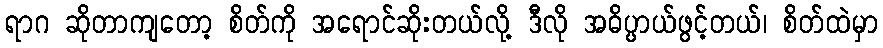
ရာဂ ဆိုတာကျတော့ စိတ်ကို အရောင်ဆိုးတယ်လို့ ဒီလို အဓိပ္ပာယ်ဖွင့်တယ်၊ စိတ်ထဲမှာ